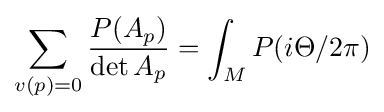
\sum _{v(p)=0}{\frac {P(A_{p})}{\det A_{p}}}=\int _{M}P(i\Theta /2\pi )